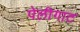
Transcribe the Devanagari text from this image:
पेलीगाट